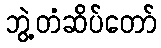
ဘွဲ့တံဆိပ်တော်